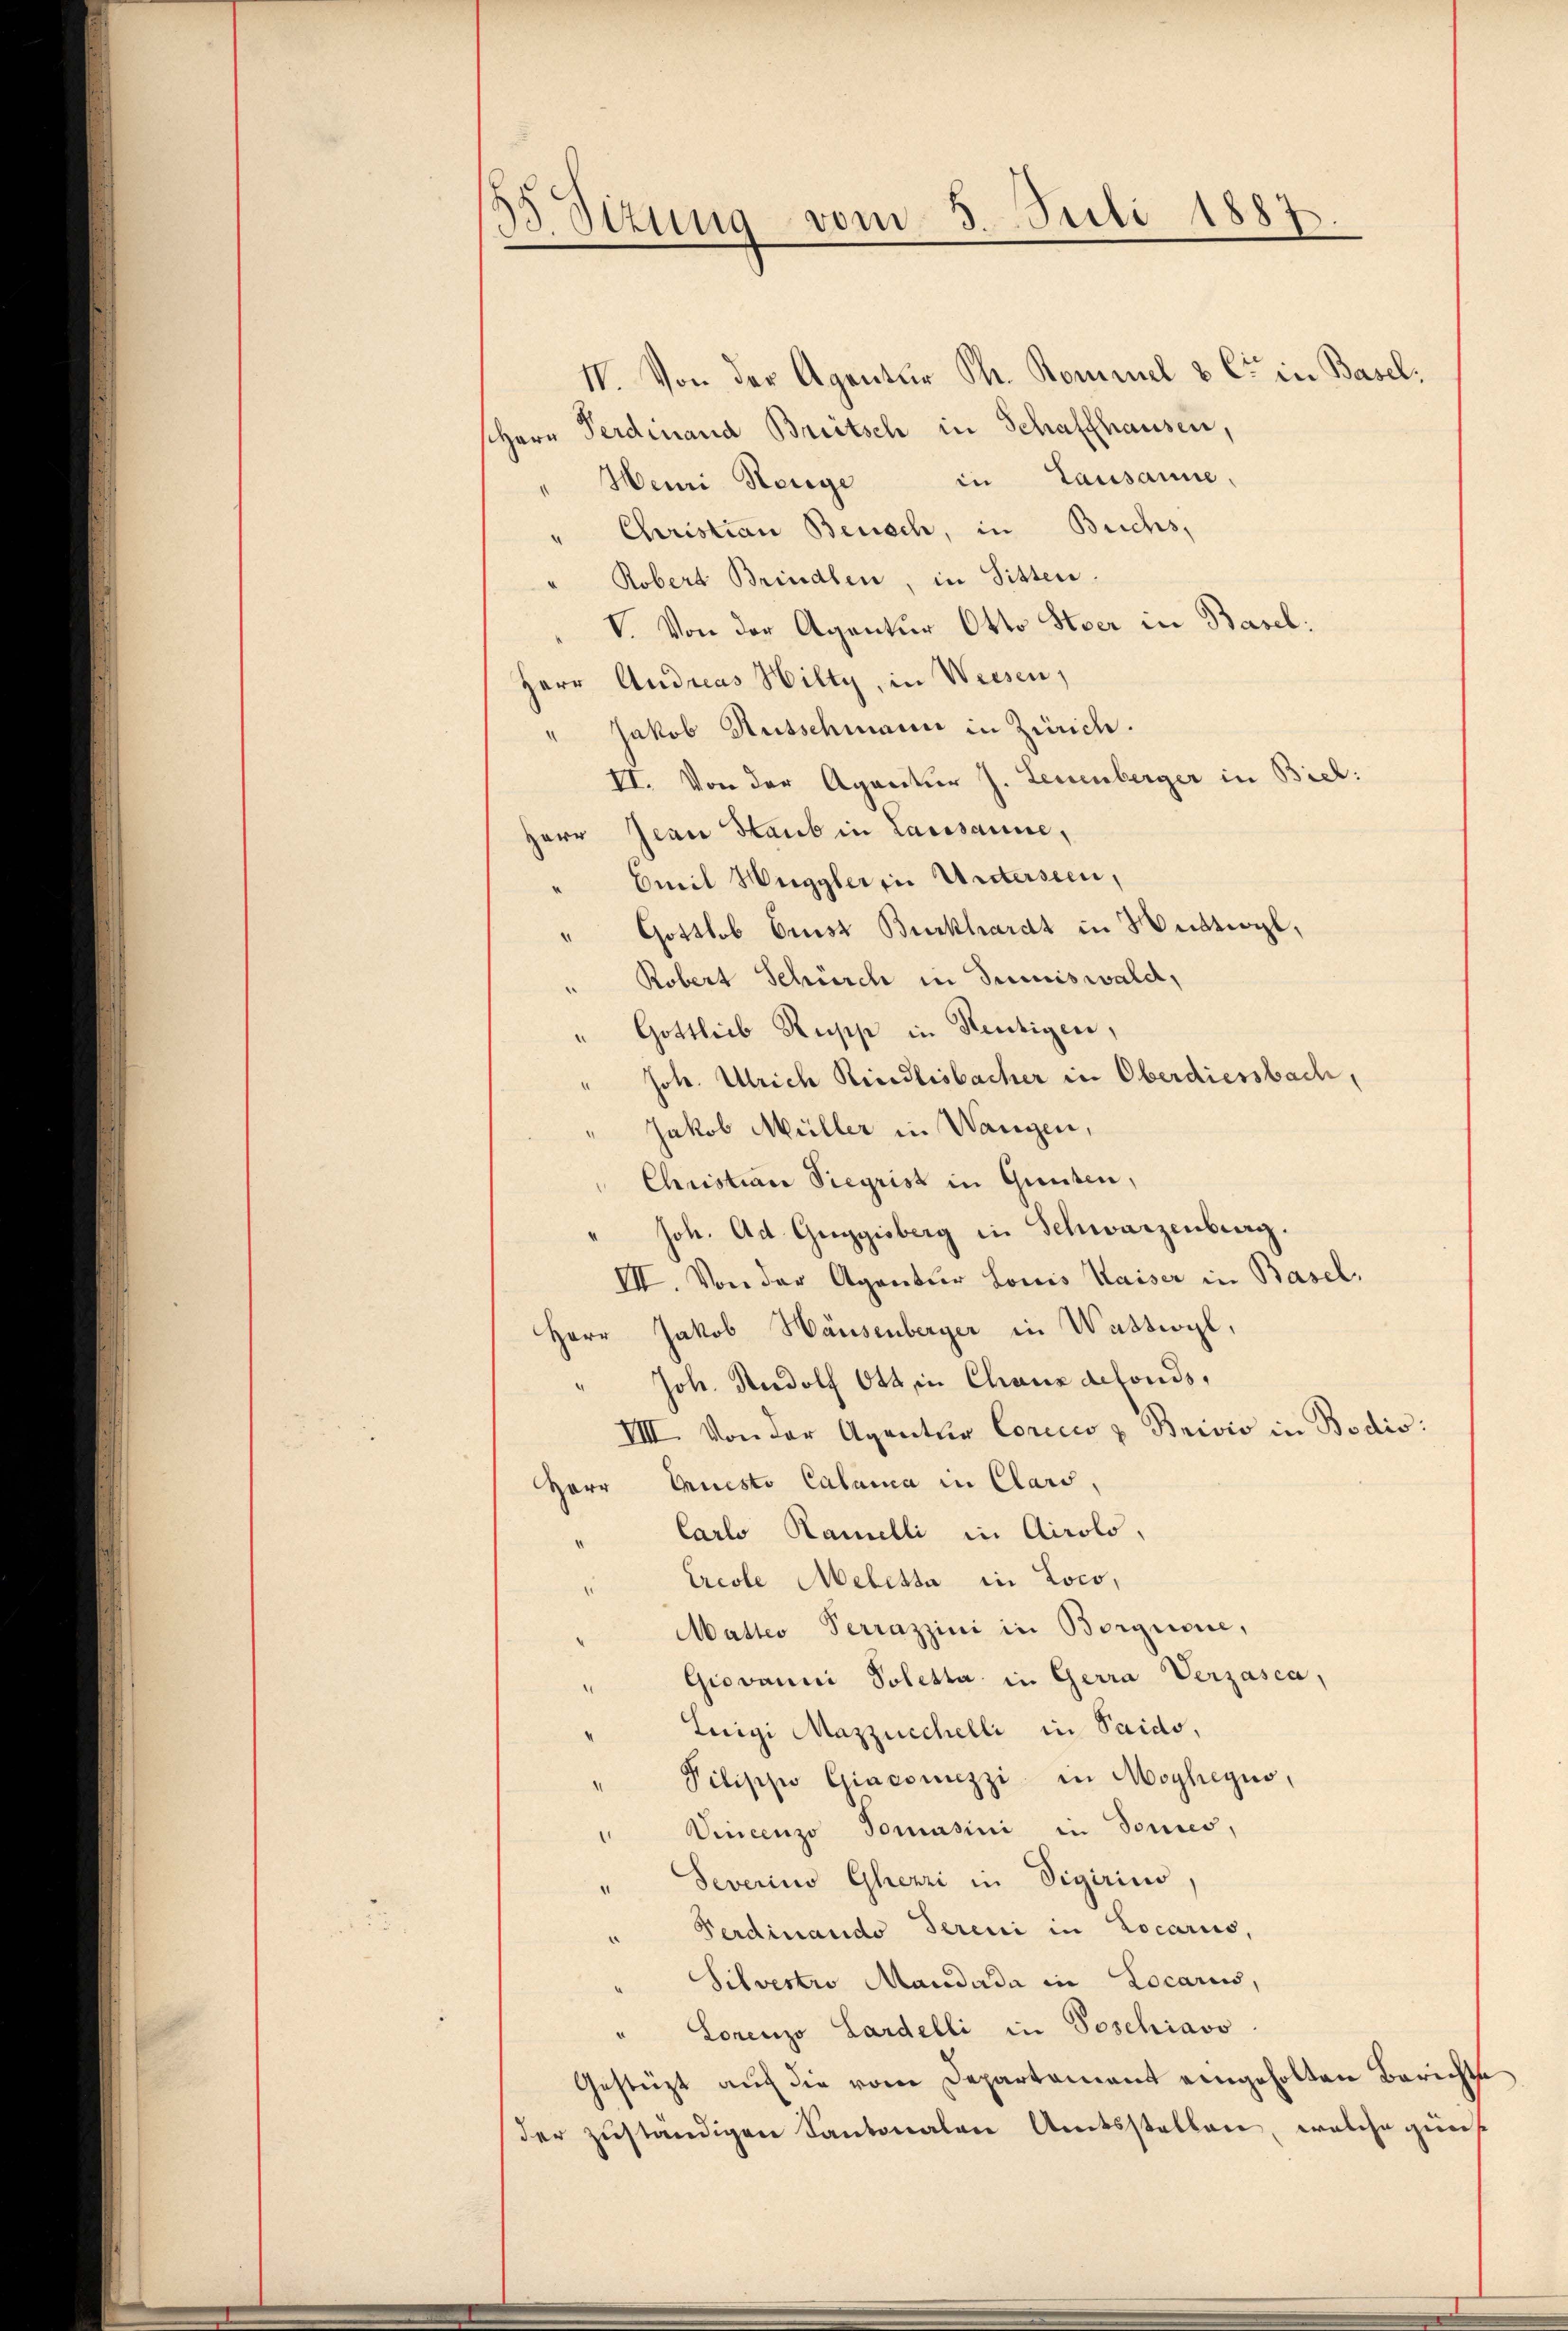
B Sizung vom 5. Juli 1887

IV. Von der Agentur Sr. Kommel & Cie in Basel.
schern Ferdinand Breitsch in Schaffhausen,
"Meii Henge in Lausanne,
Christian Beusch, in Buchs,
Robert Brindlen, in Sitten.
V. Von der Agentur Otto Stoer in Basel:
Herr Andreas Hilty, in Weesen,
" Jakob Rutschmann in Zürich.
VI. Von der Agantur J. Leuenberger in Biel:
Herr Jean Staub in Laissance,
Emil Heggler in Untersein,
Gottlob Grusz Burkhardt in Weiktwyl,
Robert Schürch in dreiswald,
Gottlieb Rupp in Reutigen,
" Joh. Ulrich Riedlisbacher in Oberdiessbach,
Jakob Müller in Wangen,
Christian Siegrist in Gunsten,
Joh. Ad. Guggisberg in Schwarzenburg.
VII. Von der Agentur Louis Waiser in Basel,
Herr Jakob Hausenberger in Wattwyl,
Joh. Rudolf Ott in Chaux detonds,
IIII. Von der Agentur Coricco & Brivio in Bodis:
Herr Quisto Calanca in Clard,
Carlo Ramelli in Airolo,
Ercole Meletta in Loco,
Matteo Perrazzini in Borgnone,
Giovanni Soletta in Gerra Verzasca,
Luigi Mazziechelli in Paido,
Pilippo Giaconuzzi in Moyhegno,
Vincenzo Tomasini in Sonnes,
Severino Ghezzi in Vigirin,
Ferdinando Sereni in Locariis,
Silvestio Mandada in Locarius,
Lorenzo Lardelli in Poschiavo
Gestützt auf die vom Departement eingeholten Berichtse
der zuständigen Kantonalen Amtsstellen, welche günst

n